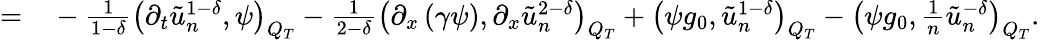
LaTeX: \begin{array}{rl}{=}&{{}-\frac{1}{1-\delta}\left(\partial_{t}\tilde{u}_{n}^{1-\delta},\psi\right)_{Q_{T}}-\frac{1}{2-\delta}\left(\partial_{x}\left(\gamma\psi\right),\partial_{x}\tilde{u}_{n}^{2-\delta}\right)_{Q_{T}}+\left(\psi g_{0},\tilde{u}_{n}^{1-\delta}\right)_{Q_{T}}-\left(\psi g_{0},\frac{1}{n}\tilde{u}_{n}^{-\delta}\right)_{Q_{T}}.}\end{array}